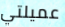
عميلتي